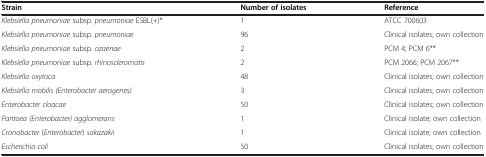
<table><thead><tr><td><b>Strain</b></td><td><b>Number of isolates</b></td><td><b>Reference</b></td></tr></thead><tbody><tr><td><i>Klebsiella pneumoniae</i> subsp. <i>pneumoniae</i> ESBL(+)*</td><td>1</td><td>ATCC 700603</td></tr><tr><td><i>Klebsiella pneumoniae</i> subsp. <i>pneumoniae</i></td><td>96</td><td>Clinical isolates; own collection</td></tr><tr><td><i>Klebsiella pneumoniae</i> subsp. <i>ozaenae</i></td><td>2</td><td>PCM 4; PCM 6**</td></tr><tr><td><i>Klebsiella pneumoniae</i> subsp. <i>rhinoscleromatis</i></td><td>2</td><td>PCM 2066; PCM 2067**</td></tr><tr><td><i>Klebsiella oxytoca</i></td><td>48</td><td>Clinical isolates; own collection</td></tr><tr><td><i>Klebsiella mobilis (Enterobacter aerogenes)</i></td><td>3</td><td>Clinical isolates; own collection</td></tr><tr><td><i>Enterobacter cloacae</i></td><td>50</td><td>Clinical isolates; own collection</td></tr><tr><td><i>Pantoea (Enterobacter) agglomerans</i></td><td>1</td><td>Clinical isolate; own collection</td></tr><tr><td><i>Cronobacter</i> (<i>Enterobacter</i>) <i>sakazakii</i></td><td>1</td><td>Clinical isolate; own collection</td></tr><tr><td><i>Escherichia coli</i></td><td>50</td><td>Clinical isolates; own collection</td></tr></tbody></table>